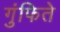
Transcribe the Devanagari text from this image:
गुंफिते